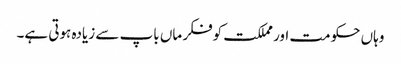
وہاں حکومت اور مملکت کوفکر ماں باپ سے زیادہ ہوتی ہے۔